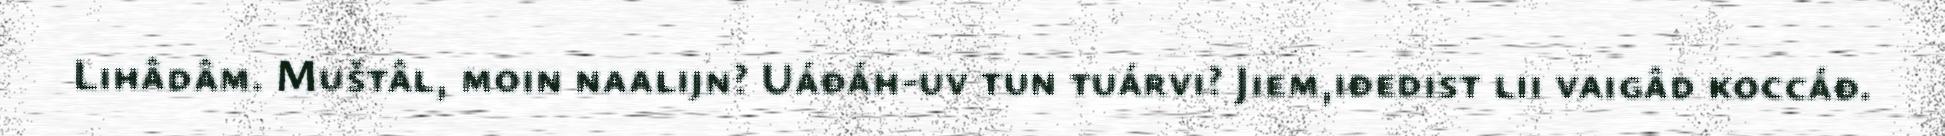
Lihâdâm. Muštâl, moin naalijn? Uáđáh-uv tun tuárvi? Jiem,iđedist lii vaigâd koccáđ.